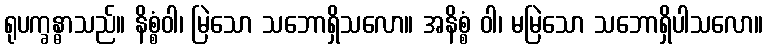
ရုပက္ခန္ဓာသည်။ နိစ္စံဝါ၊ မြဲသော သဘောရှိသလော။ အနိစ္စံ ဝါ၊ မမြဲသော သဘောရှိပါသလော။